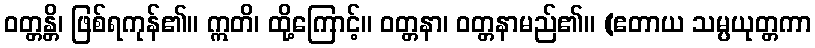
ဝတ္တန္တိ၊ ဖြစ်ရကုန်၏။ ဣတိ၊ ထို့ကြောင့်။ ဝတ္တနာ၊ ဝတ္တနာမည်၏။ (ဧတာယ သမ္ပယုတ္တကာ